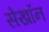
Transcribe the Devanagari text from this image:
सेखॉन